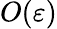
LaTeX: O(\varepsilon)